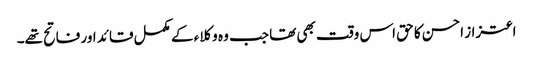
اعتزاز احسن کا حق اس وقت بھی تھا جب وہ وکلاء کے مکمل قائد اور فاتح تھے۔